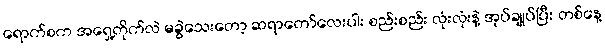
ရောက်စက အရှေ့တိုက်လဲ မခွဲသေးတော့ ဆရာတော်လေးပါး စည်းစည်း လုံးလုံးနဲ့ အုပ်ချုပ်ပြီး တစ်နေ့